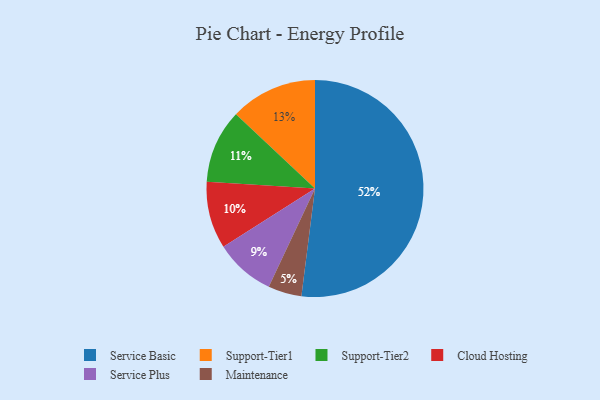
{"axis": {"x": "Category", "y": "Percentage"}, "legend": ["Cloud Hosting", "Maintenance", "Service Basic", "Service Plus", "Support-Tier1", "Support-Tier2"], "data": [{"x": "Maintenance", "y": 5, "type": "Maintenance"}, {"x": "Support-Tier2", "y": 11, "type": "Support-Tier2"}, {"x": "Cloud Hosting", "y": 10, "type": "Cloud Hosting"}, {"x": "Service Basic", "y": 52, "type": "Service Basic"}, {"x": "Service Plus", "y": 9, "type": "Service Plus"}, {"x": "Support-Tier1", "y": 13, "type": "Support-Tier1"}]}